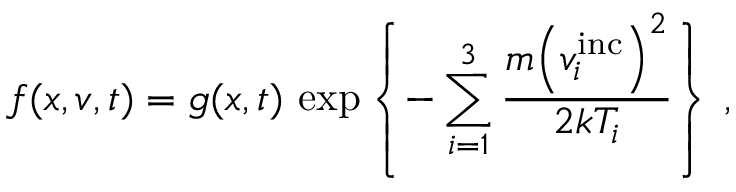
f ( \boldsymbol { x } , \boldsymbol { v } , t ) = g ( \boldsymbol { x } , t ) \, \exp \left\{ - \sum _ { i = 1 } ^ { 3 } \frac { m { \left( v _ { i } ^ { \mathrm { i n c } } \right) } ^ { 2 } } { 2 k T _ { i } } \right\} \, ,